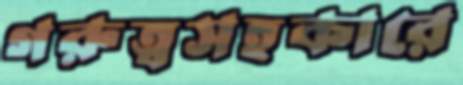
গরুত্বসহকারে